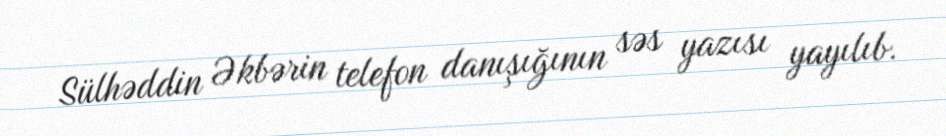
Sülhəddin Əkbərin telefon danışığının səs yazısı yayılıb.